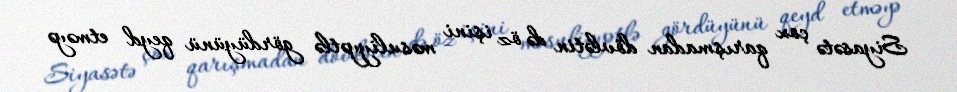
Siyasətə çox qarışmadan dövlətin də öz işini məsuliyyətlə gördüyünü qeyd etməyə